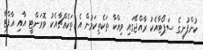
ކުންފުނީގެ ސަޕޯޓާއެކު ރާއްޖޭގައި ވިއްކާ ތަކެތިކަމުން އެ ތަކެއްޗާއެކު ވޮރަންޓީ އާއި އާފްޓާ